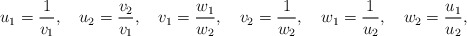
\begin{align*}u_1 = {1 \over v_1}, \quad u_2 = {v_2 \over v_1}, \quad v_1 = {w_1 \over w_2}, \quad v_2 = {1 \over w_2}, \quad w_1 = {1 \over u_2}, \quad w_2 = {u_1 \over u_2} ,\end{align*}